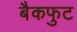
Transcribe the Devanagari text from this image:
बैकफुट